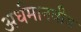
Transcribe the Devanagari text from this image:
अर्धमानवीय